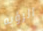
الرؤيه